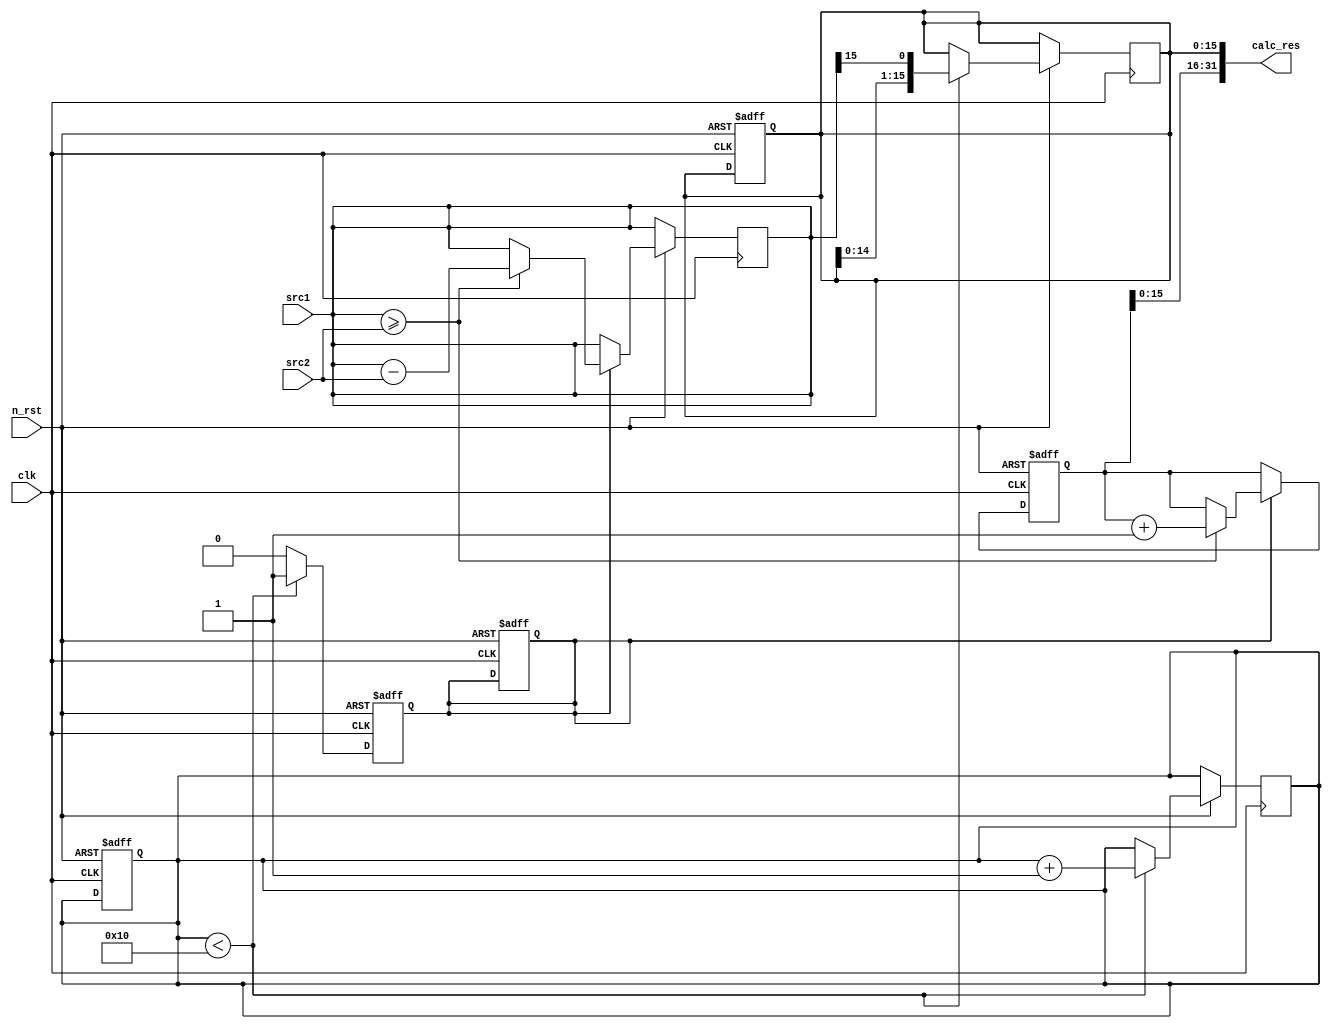
module di (//
    input clk,                        //   
    input n_rst,                     //   
    input wire [15:0] src1,          // 16 1 
    input wire [15:0] src2,          // 16 2 
    output wire [31:0] calc_res      // 32   
);
    reg [15:0] dividend_reg;          // 16   
    reg [15:0] divisor_reg;           // 16   
    reg [31:0] quotient_reg;          // 32  
    reg [15:0] remainder_reg;         // 16  
    reg [4:0] count;                  // 5  
    reg is_dividing;                  //    
    
    // 1 2   
    always @(*) begin
        dividend_reg <= src1;         // 1 dividend_reg 
        divisor_reg <= src2;          // 2 divisor_reg 
    end
    
    //    
    always @(posedge clk or negedge n_rst) begin
        if (!n_rst) begin
            quotient_reg <= 32'b0;    //    
            remainder_reg <= 16'b0;   //    
            count <= 5'b0;            //    
            is_dividing <= 1'b0;      //      
        end else begin
            if (is_dividing) begin
                if (dividend_reg >= divisor_reg) begin
                    dividend_reg <= dividend_reg - divisor_reg;
                    quotient_reg <= quotient_reg + 1'b1;
                end
            end
        end
    end
    
    //      
    always @(posedge clk or negedge n_rst) begin
        if (!n_rst) begin
            is_dividing <= 1'b0;        //      
        end else begin
            if (count < 5'b10000) begin
                is_dividing <= 1'b1;     //   
                remainder_reg <= {remainder_reg[14:0], dividend_reg[15]};
                count <= count + 1'b1;   //  
            end else begin
                is_dividing <= 1'b0;     //  
            end
        end
    end
    
    assign calc_res = {quotient_reg, remainder_reg};  //    
    
endmodule